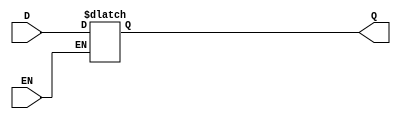
module techlib_dlatch (EN, D, Q);
parameter WIDTH = 0;
parameter EN_POLARITY = 1'b1;
input EN;
input [WIDTH-1:0] D;
output reg [WIDTH-1:0] Q;
always @* begin
	if (EN == EN_POLARITY)
		Q = D;
end
endmodule